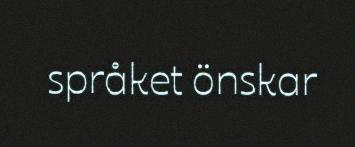
språket önskar